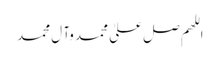
اللھم صل علیٰ محمد وآ ل محمد